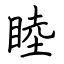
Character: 睦